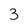
Character: 3